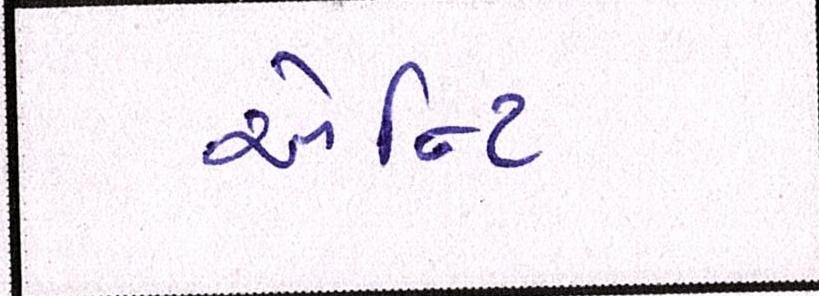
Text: એન્ટિ